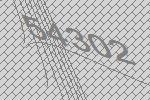
54302